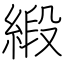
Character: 緞